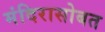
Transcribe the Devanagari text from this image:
मंदिरासोबत